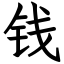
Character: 钱